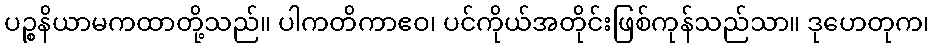
ပဉ္စနိယာမကထာတို့သည်။ ပါကတိကာဧဝ၊ ပင်ကိုယ်အတိုင်းဖြစ်ကုန်သည်သာ။ ဒုဟေတုက၊